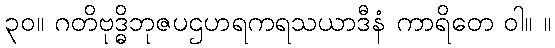
၃၀။ ဂတိဗုဒ္ဓိဘုဇပဌဟရကရသယာဒီနံ ကာရိတေ ဝါ။ ။